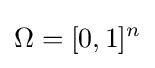
\Omega =[0,1]^{n}